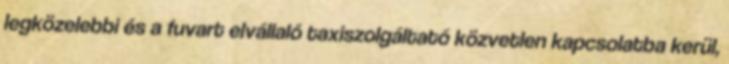
legközelebbi és a fuvart elvállaló taxiszolgáltató közvetlen kapcsolatba kerül,